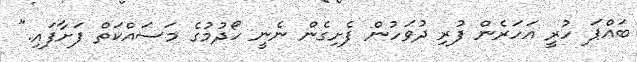
ބައްޕަ ހުރީ އަހަރެން ފުރި ދުވަހުން ފެށިގެން ނެނީ ހޯދުމުގެ މަސައްކަތް ފަށާފައި."